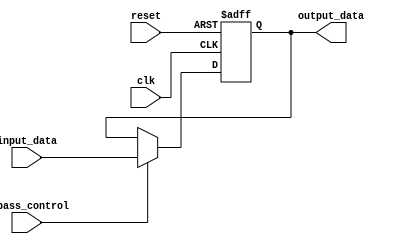
module Timing_Control_and_Synchronization(
    input wire clk,
    input wire reset,
    input wire bypass_control,
    input wire [7:0] input_data,
    output wire [7:0] output_data
);

reg [7:0] bypass_register;

always @(posedge clk or posedge reset) begin
    if (reset) begin
        bypass_register <= 8'h00;
    end else begin
        if (bypass_control) begin
            bypass_register <= input_data;
        end
    end
end

assign output_data = bypass_register;

endmodule